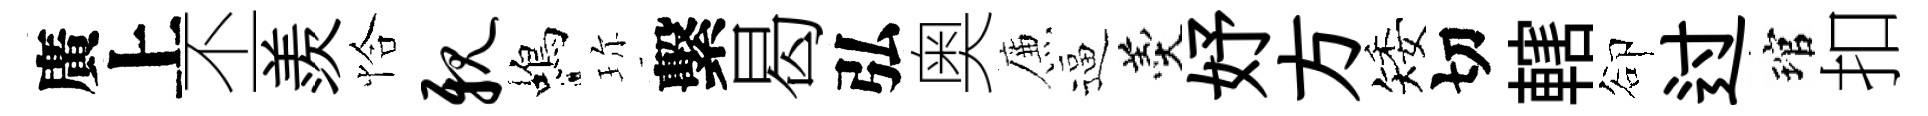
廣上丕羨恰亲蝎珎繫曷弘奥簾逼羹妤方矮切轄卻过琯扣